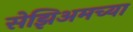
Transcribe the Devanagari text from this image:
सेझिअमच्या